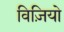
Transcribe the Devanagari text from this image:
विज़ियो